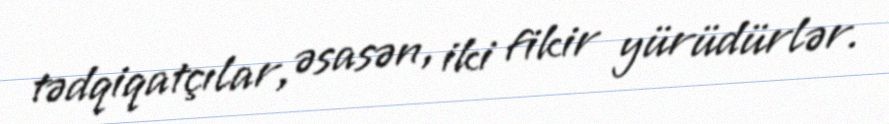
tədqiqatçılar, əsasən, iki fikir yürüdürlər.